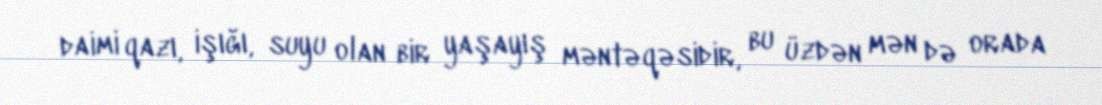
daimi qazı, işığı, suyu olan bir yaşayış məntəqəsidir, bu üzdən mən də orada